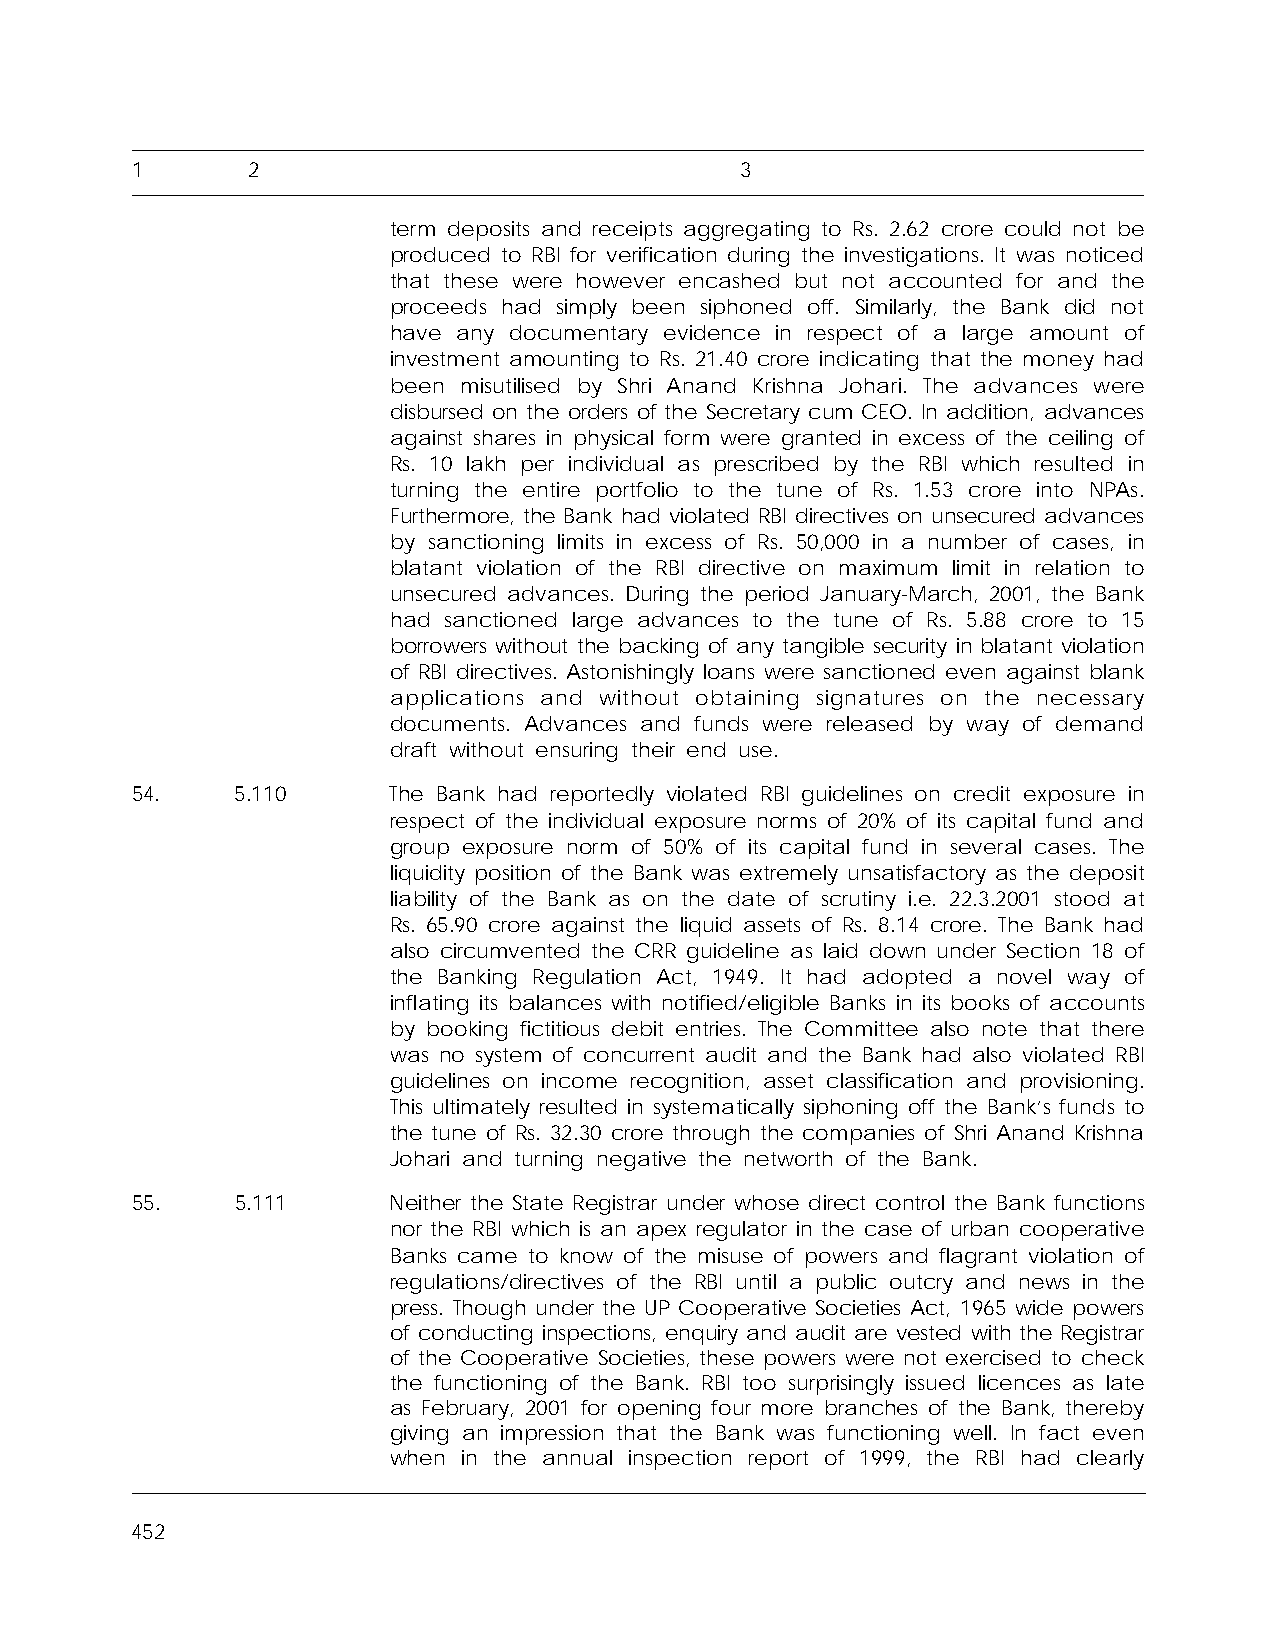
1      2                                3
 term deposits and receipts aggregating to Rs. 2.62 crore could not be
 produced to RBI for verification during the investigations. It was noticed
 that these were however encashed but not accounted for and the
 proceeds had simply been siphoned off. Similarly, the Bank did not
 have any documentary evidence in respect of a large amount of
 investment amounting to Rs. 21.40 crore indicating that the money had
 been misutilised by Shri Anand Krishna Johari. The advances were
 disbursed on the orders of the Secretary cum CEO. In addition, advances
 against shares in physical form were granted in excess of the ceiling of
 Rs. 10 lakh per individual as prescribed by the RBI which resulted in
 turning the entire portfolio to the tune of Rs. 1.53 crore into NPAs.
 Furthermore, the Bank had violated RBI directives on unsecured advances
 by sanctioning limits in excess of Rs. 50,000 in a number of cases, in
 blatant violation of the RBI directive on maximum limit in relation to
 unsecured advances. During the period January-March, 2001, the Bank
 had sanctioned large advances to the tune of Rs. 5.88 crore to 15
 borrowers without the backing of any tangible security in blatant violation
 of RBI directives. Astonishingly loans were sanctioned even against blank
 applications and without obtaining signatures on the necessary
 documents. Advances and funds were released by way of demand
 draft without ensuring their end use.
 54.    5.110     The Bank had reportedly violated RBI guidelines on credit exposure in
 respect of the individual exposure norms of 20% of its capital fund and
 group exposure norm of 50% of its capital fund in several cases. The
 liquidity position of the Bank was extremely unsatisfactory as the deposit
 liability of the Bank as on the date of scrutiny i.e. 22.3.2001 stood at
 Rs. 65.90 crore against the liquid assets of Rs. 8.14 crore. The Bank had
 also circumvented the CRR guideline as laid down under Section 18 of
 the Banking Regulation Act, 1949. It had adopted a novel way of
 inflating its balances with notified/eligible Banks in its books of accounts
 by booking fictitious debit entries. The Committee also note that there
 was no system of concurrent audit and the Bank had also violated RBI
 guidelines on income recognition, asset classification and provisioning.
 This ultimately resulted in systematically siphoning off the Bank’s funds to
 the tune of Rs. 32.30 crore through the companies of Shri Anand Krishna
 Johari and turning negative the networth of the Bank.
 55.    5.111     Neither the State Registrar under whose direct control the Bank functions
 nor the RBI which is an apex regulator in the case of urban cooperative
 Banks came to know of the misuse of powers and flagrant violation of
 regulations/directives of the RBI until a public outcry and news in the
 press. Though under the UP Cooperative Societies Act, 1965 wide powers
 of conducting inspections, enquiry and audit are vested with the Registrar
 of the Cooperative Societies, these powers were not exercised to check
 the functioning of the Bank. RBI too surprisingly issued licences as late
 as February, 2001 for opening four more branches of the Bank, thereby
 giving an impression that the Bank was functioning well. In fact even
 when in the annual inspection report of 1999, the RBI had clearly
 452